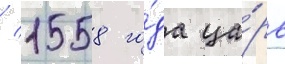
/ 1558 го́да ца́рь